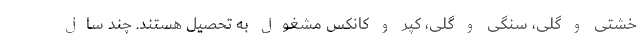
خشتی و گلی، سنگی و گلی، کپر و کانکس مشغول به تحصیل هستند. چند سال